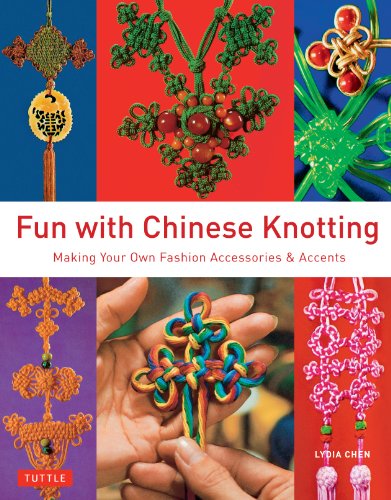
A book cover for Fun with Chinese Knotting: Making Your Own Fashion Accessories & Accents; Lydia Chen; Crafts, Hobbies & Home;